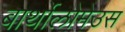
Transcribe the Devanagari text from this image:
बार्थोलोमेउस